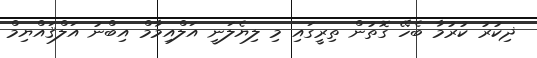
ޛިކުރު ކުރުމާ ބެހޭ ގޮތުން ތިރީގައި މި ލިޔެލަނީ އަލްއިމާމް އިބްނު އަލްޤައްޔިމް